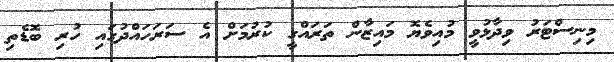
މިނިސްޓަރު ވިދާޅުވީ މުއިވެޔޮ މައިޒާން ތަރައްގީ ކުރުމަށް އެ ސަރަހައްދުގައި ހުރި ބޮޑެތި